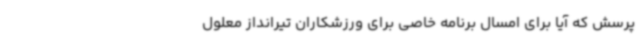
پرسش که آیا برای امسال برنامه خاصی برای ورزشکاران تیرانداز معلول